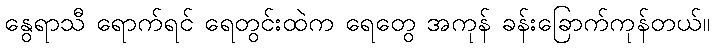
နွေရာသီ ရောက်ရင် ရေတွင်းထဲက ရေတွေ အကုန် ခန်းခြောက်ကုန်တယ်။